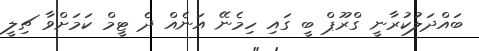
ބައްދަލުކުރާނީ ގްރޫޕް ބީ ގައި ހިމެނޭ އަނެއް ދެ ޓީމް ކަމަށްވާ ޗިލީ